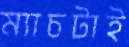
ম্যাচটাই